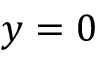
y = 0